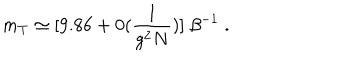
LaTeX: m _ { T } \simeq [ 9 . 8 6 + 0 ( \frac { 1 } { g ^ { 2 } N } ) ] \; \beta ^ { - 1 } \; .